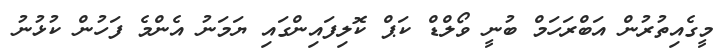
މީގެއިތުރުން އަބްރަހަމް ބުނީ ވޯލްޑް ކަޕް ކޮލިފައިންގައި ޔަމަނު އެންމެ ފަހުން ކުޅުނު